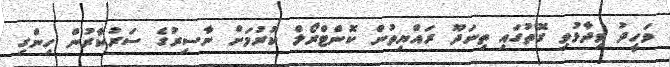
ވަހީދު ވިދާޅުވި ގޮތުގައި ތިނަދޫ ރައްޔިތުން ކޮންޓްރޯލް ކުރުމަށް ނާސިރުގެ ސަރުކާރުން ހިންގި